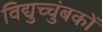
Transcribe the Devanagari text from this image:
विद्युच्चुंबकों